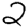
Digit: 2